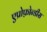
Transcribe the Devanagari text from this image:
एप्रोफ़ोन्डीस